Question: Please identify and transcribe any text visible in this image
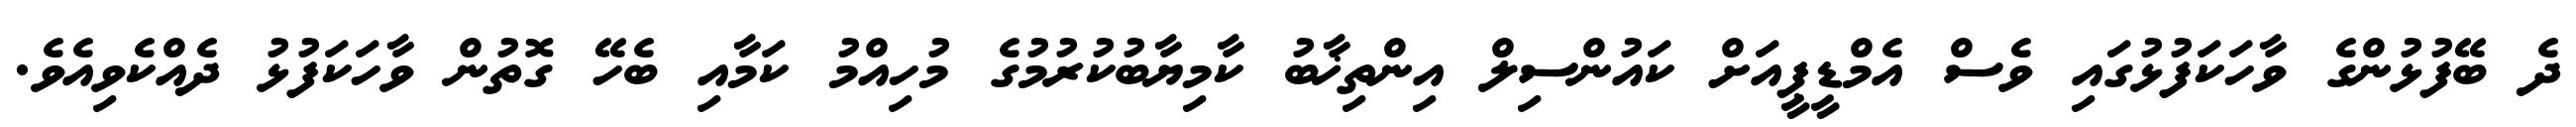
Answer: ދެ ބޭފުޅުންގެ ވާހަކަފުޅުގައި ވެސް އެމްޑީޕީއަށް ކައުންސިލް އިންތިޚާބު ކާމިޔާބުކުރުމުގެ މުހިއްމު ކަމާއި ބެހޭ ގޮތުން ވާހަކަފުޅު ދެއްކެވިއެވެ.